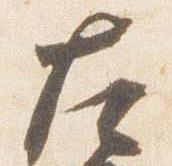
左